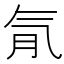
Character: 𣱙